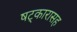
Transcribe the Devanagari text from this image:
षट्‍कारासह